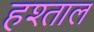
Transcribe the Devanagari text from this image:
हश्ताल